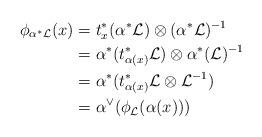
LaTeX: \begin{align*} \phi_{\alpha^\ast \mathcal{L}}(x) &= t_x^\ast (\alpha^\ast \mathcal{L}) \otimes (\alpha^\ast \mathcal{L})^{-1} \\&= \alpha^\ast(t_{\alpha(x)}^\ast \mathcal{L}) \otimes \alpha^\ast (\mathcal{L})^{-1} \\&= \alpha^\ast ( t_{\alpha(x)}^{\ast} \mathcal{L} \otimes \mathcal{L}^{-1} ) \\&= \alpha^\vee (\phi_\mathcal{L} (\alpha(x)))\end{align*}